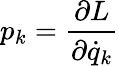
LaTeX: p_{k}={\frac{\partial L}{\partial{\dot{q}}_{k}}}